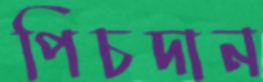
পিচদান